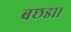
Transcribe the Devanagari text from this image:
बछडा।